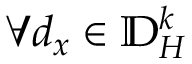
\forall d _ { x } \in \mathbb { D } _ { H } ^ { k }